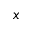
x